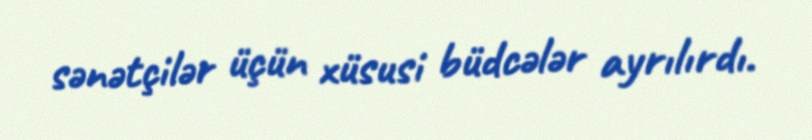
sənətçilər üçün xüsusi büdcələr ayrılırdı.